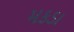
મકડા